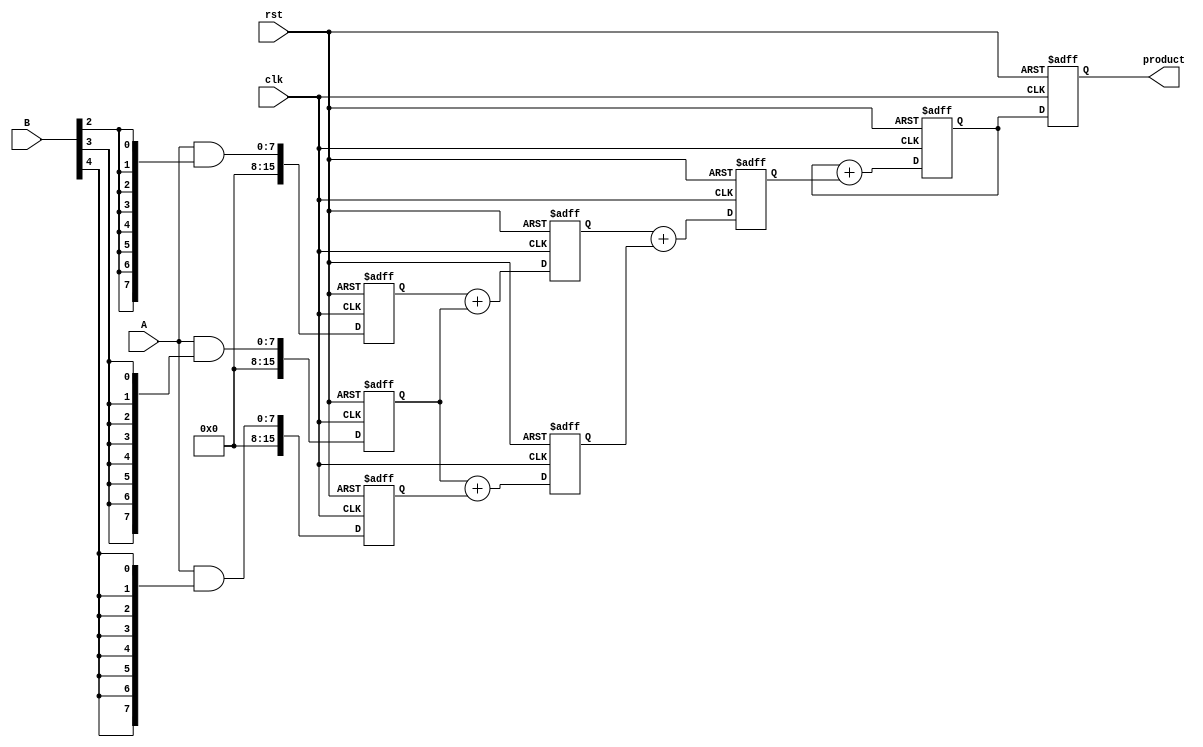
module PipelinedWallaceTreeMultiplier #(parameter WIDTH = 8) (
    input clk,
    input rst,
    input [WIDTH-1:0] A,
    input [WIDTH-1:0] B,
    output reg [2*WIDTH-1:0] product
);

    reg [2*WIDTH-1:0] partial_products[0:WIDTH-1];
    reg [2*WIDTH-1:0] stage1_results[0:WIDTH-1];
    reg [2*WIDTH-1:0] stage2_results[0:WIDTH-1];
    reg [2*WIDTH-1:0] final_sum;
    
    integer i, j;

    // Generate partial products
    always @(posedge clk or posedge rst) begin
        if (rst) begin
            for (i = 0; i < WIDTH; i = i + 1) begin
                partial_products[i] <= 0;
            end
        end else begin
            for (i = 0; i < WIDTH; i = i + 1) begin
                partial_products[i] <= A & {WIDTH{B[i]}};
            end
        end
    end

    // Wallace tree reduction stage 1
    always @(posedge clk or posedge rst) begin
        if (rst) begin
            for (i = 0; i < WIDTH; i = i + 1) begin
                stage1_results[i] <= 0;
            end
        end else begin
            // Grouping and reducing partial products
            for (i = 0; i < WIDTH; i = i + 1) begin
                if (i < WIDTH - 1) begin
                    stage1_results[i] <= partial_products[i] + partial_products[i+1];
                end else begin
                    stage1_results[i] <= partial_products[i];
                end
            end
        end
    end

    // Wallace tree reduction stage 2
    always @(posedge clk or posedge rst) begin
        if (rst) begin
            for (i = 0; i < WIDTH; i = i + 1) begin
                stage2_results[i] <= 0;
            end
        end else begin
            for (i = 0; i < WIDTH/2; i = i + 1) begin
                stage2_results[i] <= stage1_results[2*i] + stage1_results[2*i+1];
            end
            if (WIDTH % 2 == 1) begin
                stage2_results[WIDTH/2] <= stage1_results[WIDTH-1];
            end
        end
    end

    // Final addition stage
    always @(posedge clk or posedge rst) begin
        if (rst) begin
            final_sum <= 0;
        end else begin
            final_sum <= 0;
            for (i = 0; i < WIDTH/4; i = i + 1) begin
                final_sum <= final_sum + stage2_results[i];
            end
            if (WIDTH % 4 != 0) begin
                final_sum <= final_sum + stage2_results[WIDTH/4];
            end
        end
    end

    // Output the final product
    always @(posedge clk or posedge rst) begin
        if (rst) begin
            product <= 0;
        end else begin
            product <= final_sum;
        end
    end

endmodule